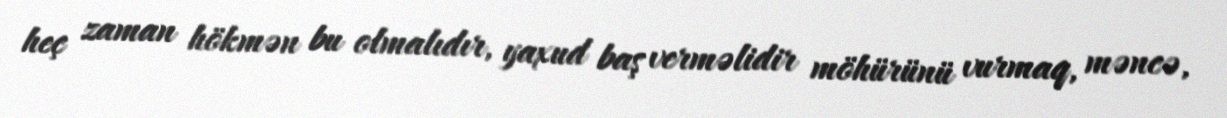
heç zaman hökmən bu olmalıdır, yaxud baş verməlidir möhürünü vurmaq, məncə,